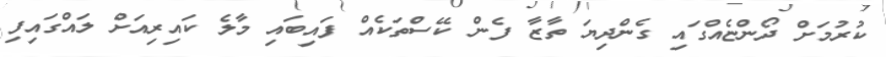
ކުރުމަށް ދޯންޏެއްގައި ގެންދިޔަ ތާޒާ ފެން ކޭސްތަކެއް ފައިބައި މާލެ ކައިރިއަށް ލައްގައިފި